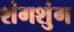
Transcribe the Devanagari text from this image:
शंगशुंग